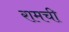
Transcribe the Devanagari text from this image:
रामची